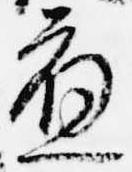
応